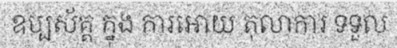
ឧប្បស័គ្គ ក្នុង ការអោយ តុលាការ ទទួល